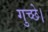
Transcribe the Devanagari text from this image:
गुच्छे।